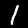
Digit: 1